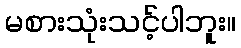
မစားသုံးသင့်ပါဘူး။